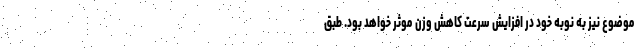
موضوع نیز به نوبه خود در افزایش سرعت کاهش وزن موثر خواهد بود. طبق